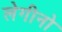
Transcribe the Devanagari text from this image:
लेगीनो